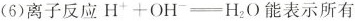
(6)离子反应 $$H^{+}+OH^{-}=H_{2}O$$ 能表示所有